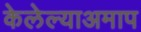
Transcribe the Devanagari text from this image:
केलेल्याअमाप